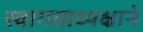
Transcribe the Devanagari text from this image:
स्वागताध्यक्षाने